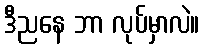
ဒီညနေ ဘာ လုပ်မှာလဲ။